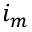
i _ { m }